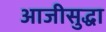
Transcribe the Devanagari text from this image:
आजीसुद्धा